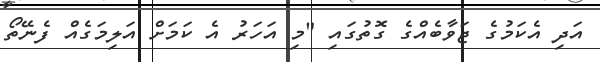
އަދި އެކަމުގެ ޖަވާބެއްގެ ގޮތުގައި "މި އަހަރު އެ ކަމަށް އަލިމަގެއް ފެނޭތޯ